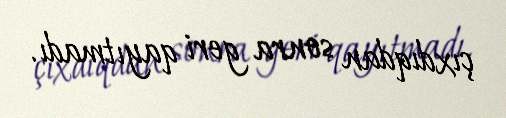
çıxdıqdan sonra geri qayıtmadı.